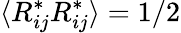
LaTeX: \langle R_{ij}^{*}R_{ij}^{*}\rangle=1/2